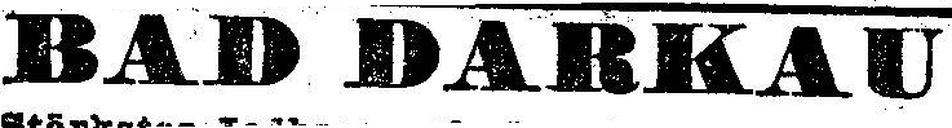
BAD DARKAU